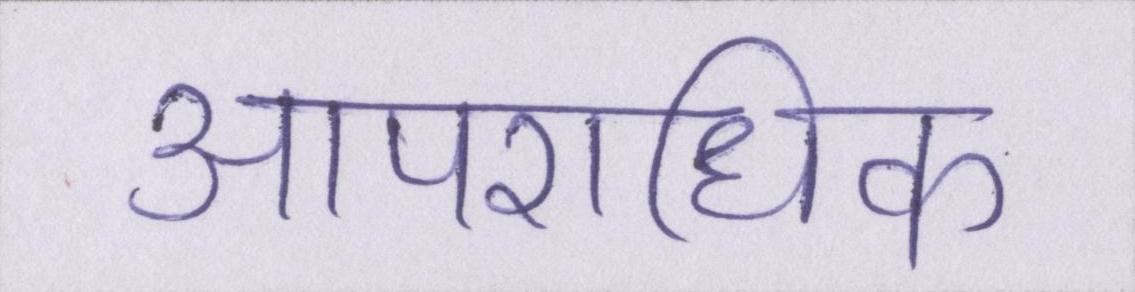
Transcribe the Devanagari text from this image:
आपराधिक